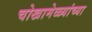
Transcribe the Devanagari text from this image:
चोखामेळ्यांच्या